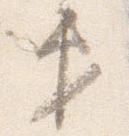
第